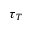
\tau _ { T }